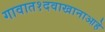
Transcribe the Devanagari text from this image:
गावात१दवाखानाआहे